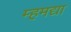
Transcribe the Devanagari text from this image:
म्हमद्या